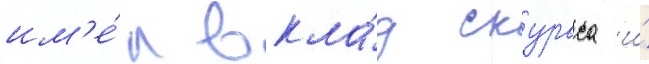
им'е́л вкла́д скураса и́